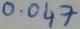
Text: 0.047